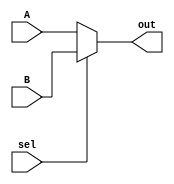
`timescale 1ns / 1ps
//////////////////////////////////////////////////////////////////////////////////
// Company: 
// Engineer: 
// 
// Design Name: 
// Module Name: MUX2
// Project Name: 
// Target Devices: 
// Tool Versions: 
// Description: 
// 
// Dependencies: 
// 
// Revision:
// Revision 0.01 - File Created
// Additional Comments:
// 
//////////////////////////////////////////////////////////////////////////////////


module MUX2(
    input sel,
    input [31:0] A, B,
    output [31:0] out
    );
    
    assign out = (sel == 1'b0)? A:B;
endmodule